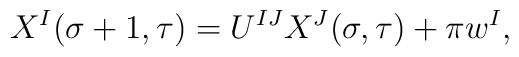
X^I(\sigma + 1, \tau) = U^{IJ}X^J(\sigma, \tau) + \pi w^I,